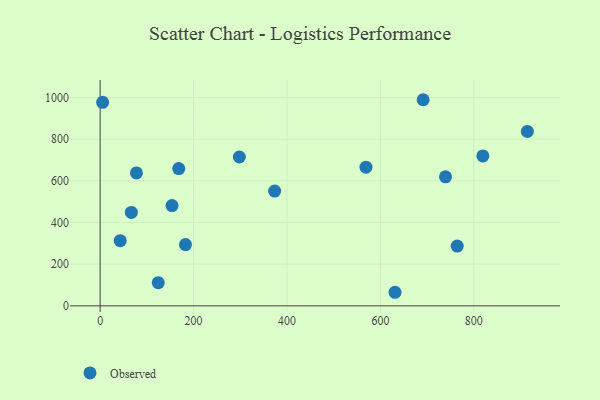
{"axis": {"x": "Experience", "y": "Demand"}, "legend": ["Observed"], "data": [{"x": "631.3", "y": 65.1, "type": "Observed"}, {"x": "124.4", "y": 111.4, "type": "Observed"}, {"x": "153.9", "y": 481.2, "type": "Observed"}, {"x": "5.3", "y": 976.7, "type": "Observed"}, {"x": "77.7", "y": 637.8, "type": "Observed"}, {"x": "373.6", "y": 550.8, "type": "Observed"}, {"x": "569.2", "y": 665.5, "type": "Observed"}, {"x": "182.7", "y": 294.3, "type": "Observed"}, {"x": "764.5", "y": 286.9, "type": "Observed"}, {"x": "168.3", "y": 658.9, "type": "Observed"}, {"x": "66.8", "y": 448.4, "type": "Observed"}, {"x": "739.4", "y": 619.5, "type": "Observed"}, {"x": "691.6", "y": 989.4, "type": "Observed"}, {"x": "298.1", "y": 714.4, "type": "Observed"}, {"x": "914.7", "y": 837.3, "type": "Observed"}, {"x": "43.0", "y": 312.8, "type": "Observed"}, {"x": "819.4", "y": 719.4, "type": "Observed"}]}